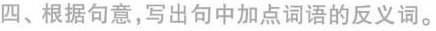
四、根据句意，写出句中加点词语的反义词。